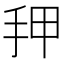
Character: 𰓑